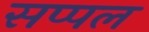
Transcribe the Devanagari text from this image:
सप्पल